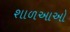
શાળઆઓ